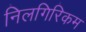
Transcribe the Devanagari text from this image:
निलगिरिकम